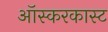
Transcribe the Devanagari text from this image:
ऑस्करकास्ट